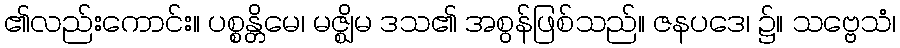
၏လည်းကောင်း။ ပစ္စန္တိမေ၊ မဇ္ဈိမ ဒသ၏ အစွန်ဖြစ်သည်။ ဇနပဒေ၊ ၌။ သဗ္ဗေသံ၊